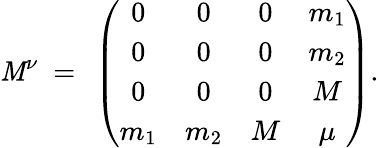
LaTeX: {\cal\mathit{M}}^{\nu}\ =\ \left(\begin{array}{cccc}{{0}}&{{0}}&{{0}}&{{m_{1}}}\\ {{0}}&{{0}}&{{0}}&{{m_{2}}}\\ {{0}}&{{0}}&{{0}}&{{M}}\\ {{m_{1}}}&{{m_{2}}}&{{M}}&{{\mu}}\end{array}\right).